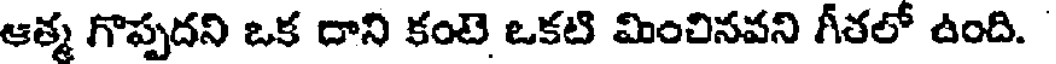
ఆత్మ గొప్పదని ఒక దాని కంటె ఒకటి మించినవని గీతలో ఉంది.